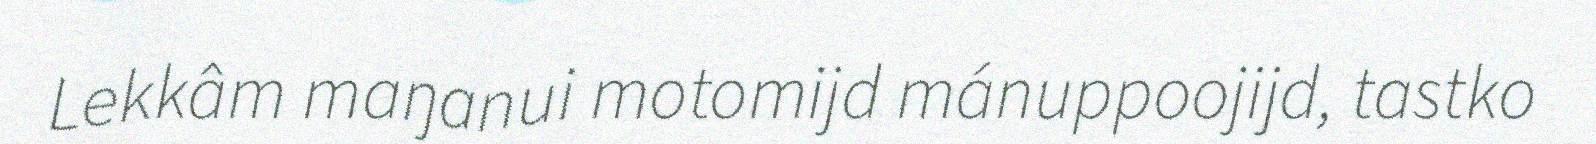
Lekkâm maŋanui motomijd mánuppoojijd, tastko